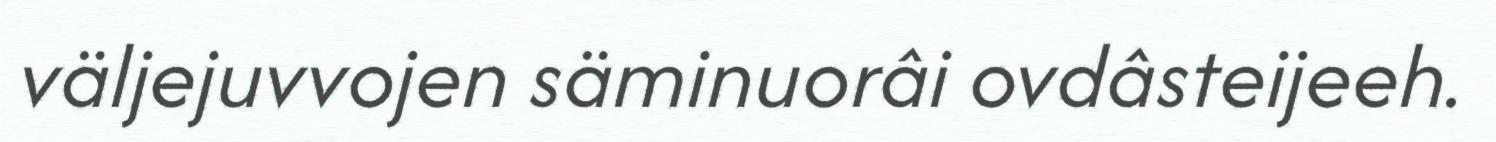
väljejuvvojen säminuorâi ovdâsteijeeh.